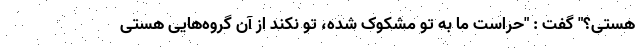
هستی؟" گفت : "حراست ما به تو مشکوک شده، تو نکند از آن گروه‌هایی هستی